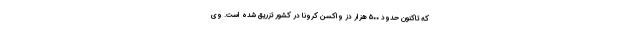
که تاکنون حدود ۵۰۰ هزار دُز واکسن کرونا در کشور تزریق شده است. وی